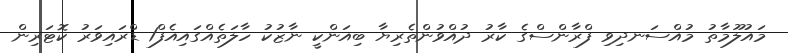
މައުލޫމާތު މުއްސަނދިވި ފްރާންސްގެ ކާރު ދުއްވުންތެރިޔާ ބިއަންކީ ނާޒުކު ހާލަތެއްގައިއެފް1 ޑްރައިވަރު ކޮޓަރިން